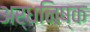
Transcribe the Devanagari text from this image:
अर्धनिष्क